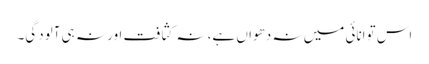
اس توانائی میں نہ دھواں ہے، نہ کثافت اور نہ ہی آلودگی۔